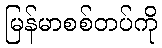
မြန်မာစစ်တပ်ကို